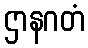
ဌာနဂတံ